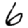
Digit: 6